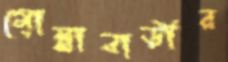
মোল্লাবাড়ীর